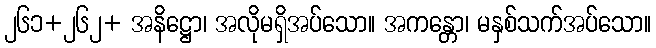
၂၆၁+၂၆၂+ အနိဋ္ဌော၊ အလိုမရှိအပ်သော။ အကန္တော၊ မနှစ်သက်အပ်သော။